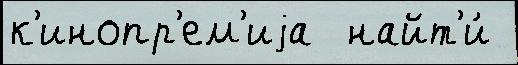
к'инопр'ем'иjа  найт'и́